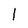
Character: l